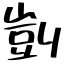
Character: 剴